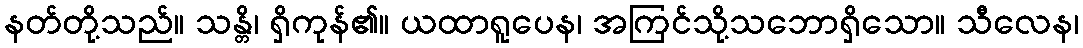
နတ်တို့သည်။ သန္တိ၊ ရှိကုန်၏။ ယထာရူပေန၊ အကြင်သို့သဘောရှိသော။ သီလေန၊